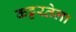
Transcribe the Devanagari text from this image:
कट्टरतेला